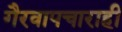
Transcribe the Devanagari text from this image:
गैरवापचाराही